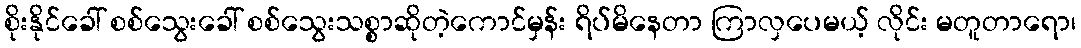
စိုးနိုင်ခေါ် စစ်သွေးခေါ် စစ်သွေးသစ္စာဆိုတဲ့ကောင်မှန်း ရိပ်မိနေတာ ကြာလှပေမယ့် လိုင်း မတူတာရော၊